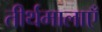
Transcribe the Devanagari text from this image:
तीर्थमालाएँ